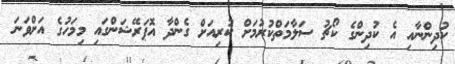
ކުދިންނާއި އެ ކުދިންގެ ކޯޗު ސަލާމަތްކުރުމަށް ކުރިއަށް ގެންދާ އޮޕަރޭޝަންގައި މިމަހުގެ އަށްވަނަ